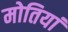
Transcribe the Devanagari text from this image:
मोतियां